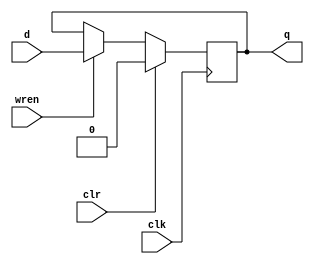
module D_flipflop (q, d, clr, clk, wren);
	input d;
	input	clr, clk, wren;
	output q;
	reg r;
	always @(posedge clk)
	begin
		if (wren) begin
			r = d;
		end
		if (clr) begin
			r = 1'b0;
		end
	end
	assign q = r;
endmodule